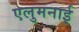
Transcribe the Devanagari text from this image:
एलुमनाई